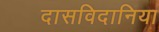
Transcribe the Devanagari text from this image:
दासविदानिया